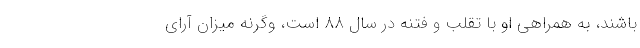
باشند، به همراهی او با تقلب و فتنه در سال ۸۸ است، وگرنه میزان آرای